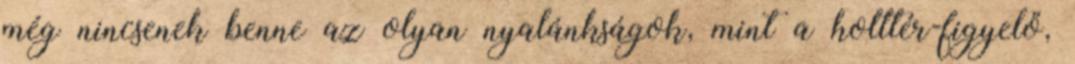
még nincsenek benne az olyan nyalánkságok, mint a holttér-figyelő,